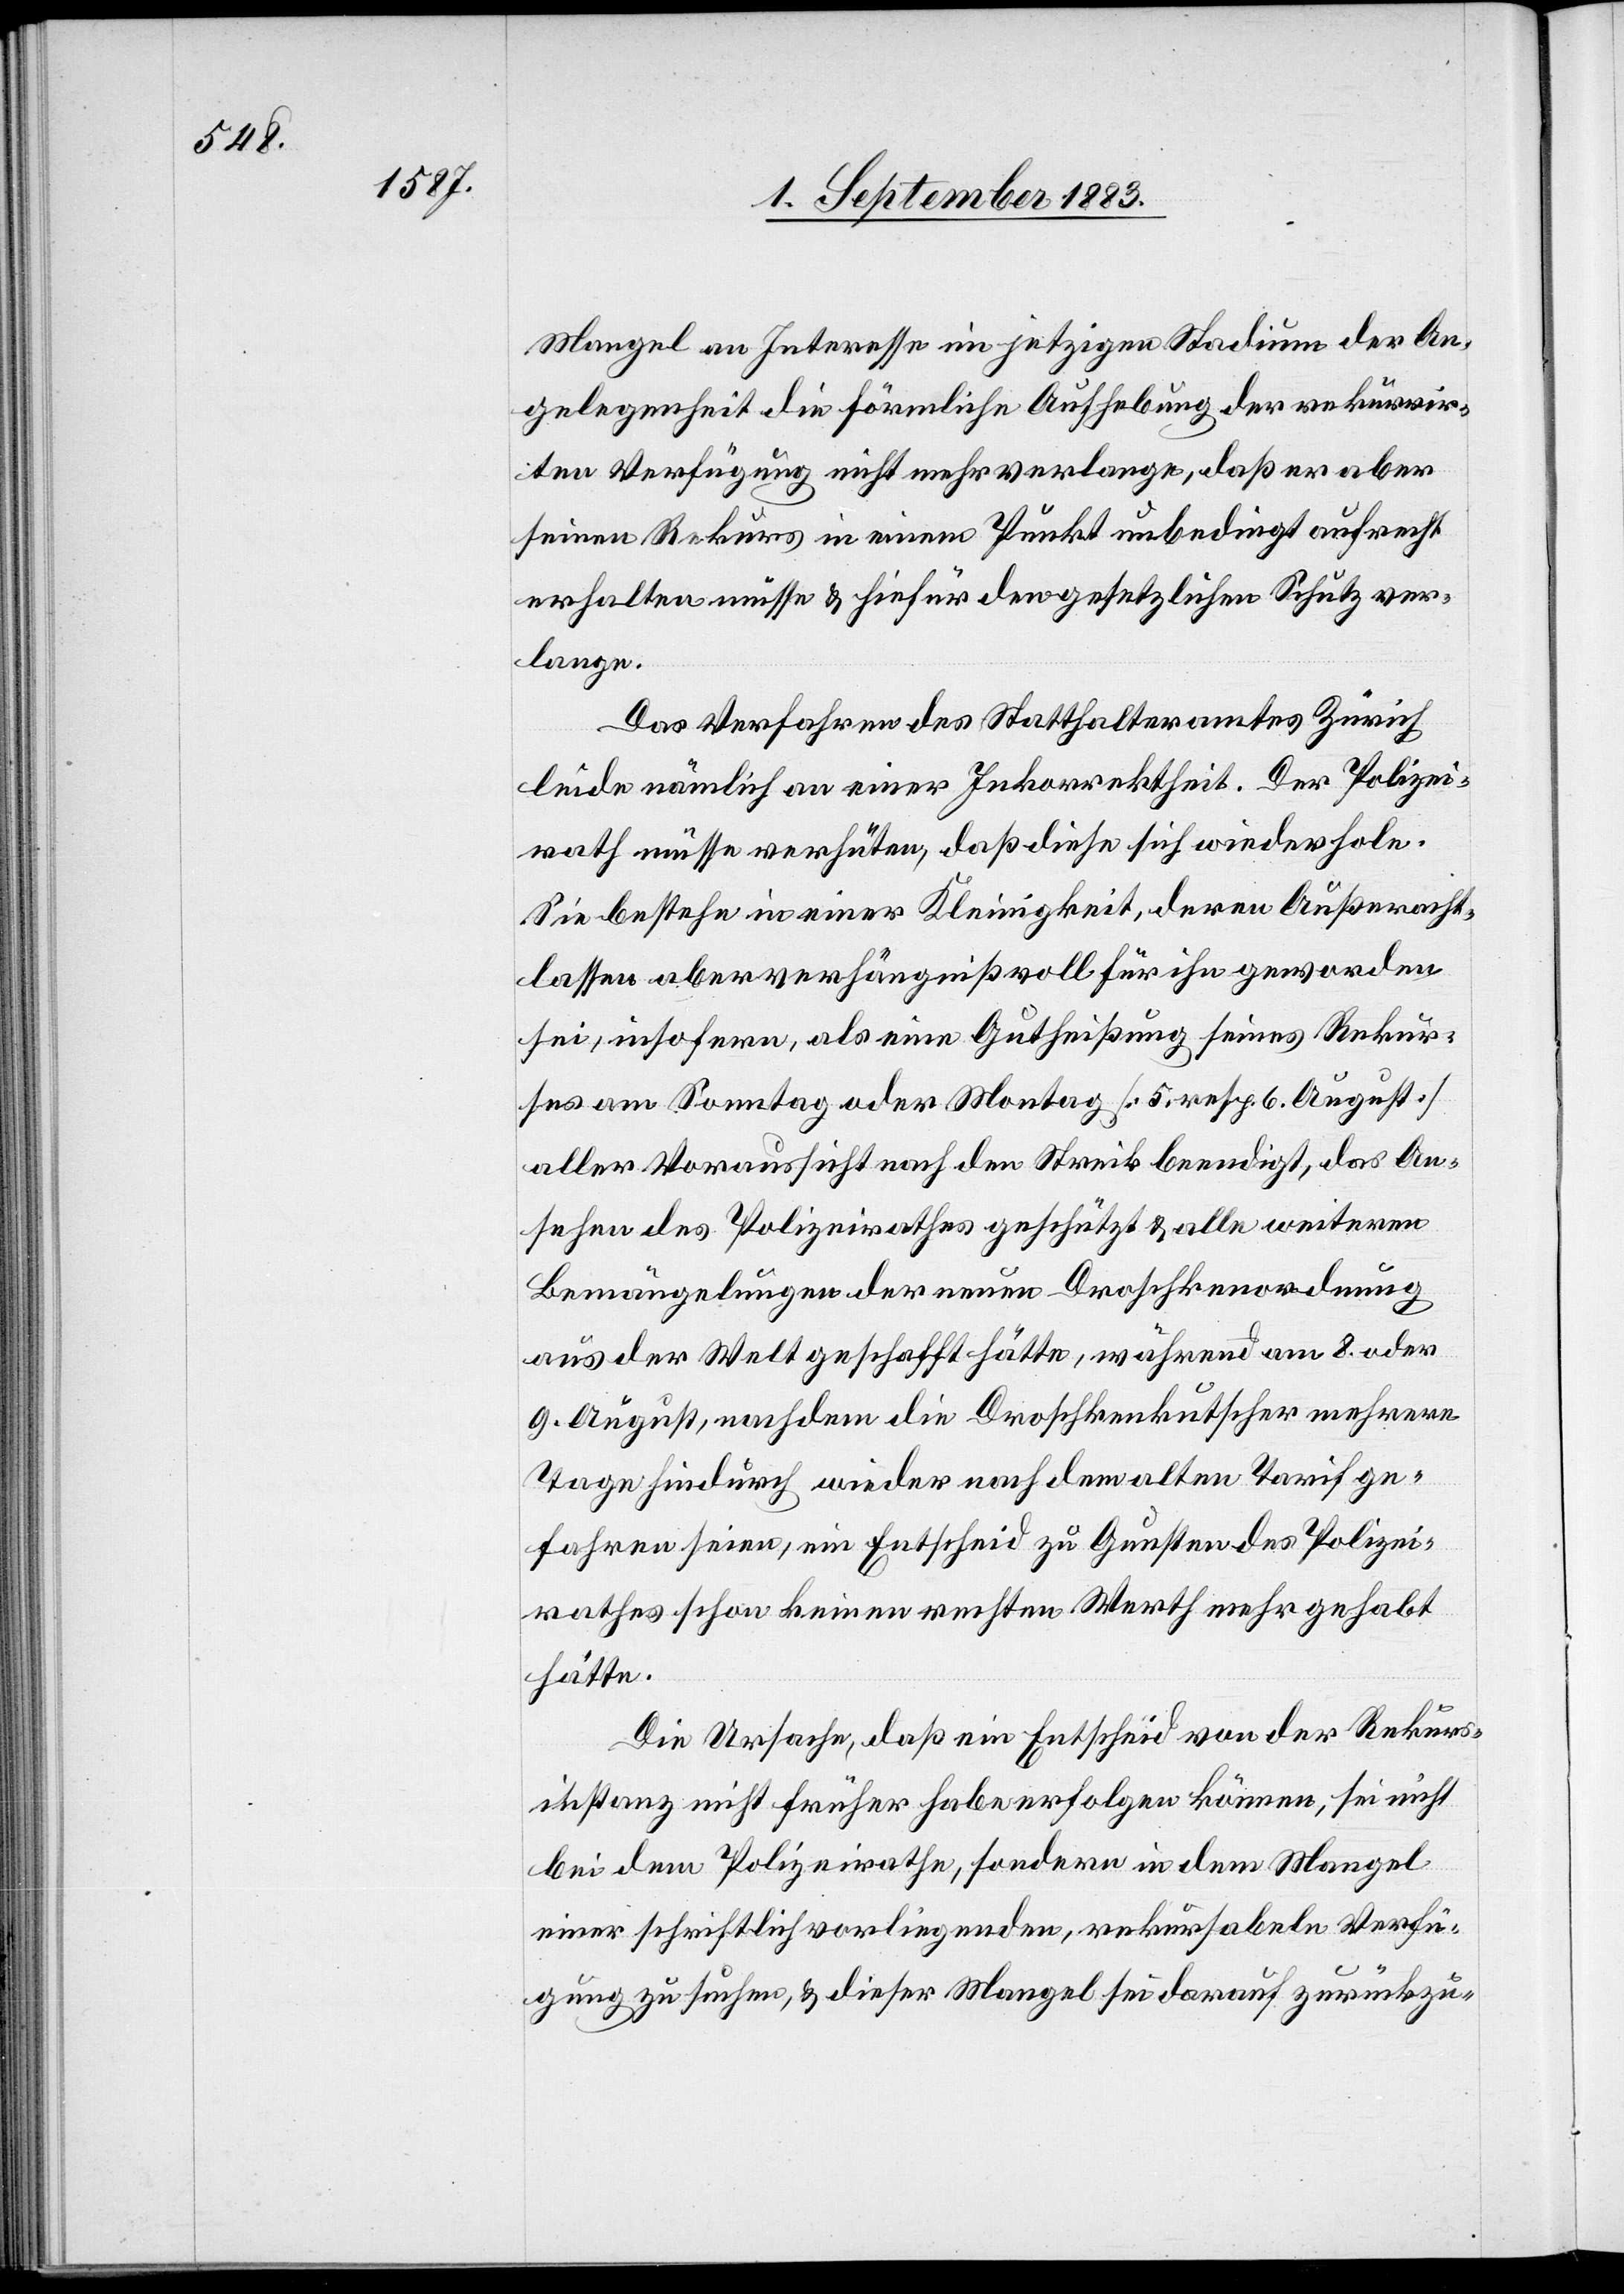
Mangel an Interesse im jetzigen Stadium der An¬
gelegenheit die förmliche Aufhebung der rekurrir¬
ten Verfügung nicht mehr verlange, daß er aber
seinen Rekurs in einem Punkt unbedingt aufrecht
erhalten müsse & hiefür den gesetzlichen Schutz ver¬
lange.
Das Verfahren des Statthalteramtes Zürich
leide nämlich an einer Inkorrektheit. Der Polizei¬
rath müsse verhüten, daß diese sich wiederhole.
Sie bestehe in einer Kleinigkeit, deren Außeracht¬
lassen aber verhängnißvoll für ihn geworden
sei, insofern, als eine Gutheißung seines Rekur¬
ses am Sonntag oder Montag [5. resp. 6. August]
aller Voraussicht nach den Streik beendigt, das An¬
sehen des Polizeirathes geschützt & alle weiteren
Bemängelungen der neuen Droschkenordnung
aus der Welt geschafft hätte, während am 8. oder
9. August, nachdem die Droschkenkutscher mehrere
Tage hindurch wieder nach dem alten Tarif ge¬
fahren seien, ein Entscheid zu Gunsten des Polizei¬
rathes schon keinen rechten Werth mehr gehabt
hätte.
Die Ursache, daß ein Entscheid von der Rekurs¬
instanz nicht früher habe erfolgen können, sei nicht
bei dem Polizeirathe, sondern in dem Mangel
einer schriftlich vorliegenden, rekursablen Verfü¬
gung zu suchen, & dieser Mangel sei darauf zurückzu-